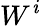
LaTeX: W^{\mathit{i}}